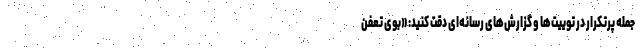
جمله پرتکرار در توییت‌ها و گزارش‌های رسانه‌ای دقت کنید: «بوی تعفن